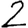
Digit: 2